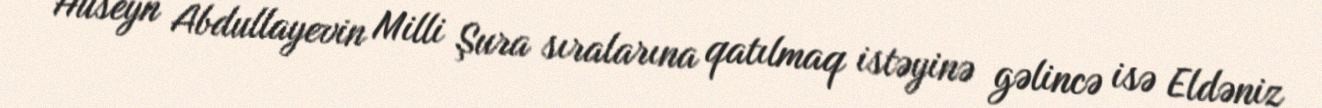
Hüseyn Abdullayevin Milli Şura sıralarına qatılmaq istəyinə gəlincə isə Eldəniz